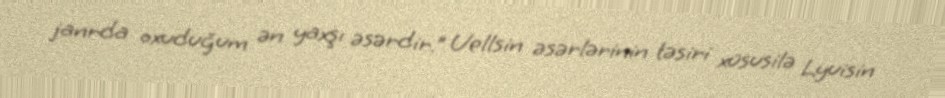
janrda oxuduğum ən yaxşı əsərdir.” Uellsin əsərlərinin təsiri xüsusilə Lyuisin